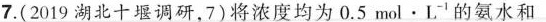
7.(2019湖北十堰调研，7)将浓度均为0.5mol·L-的氨水和